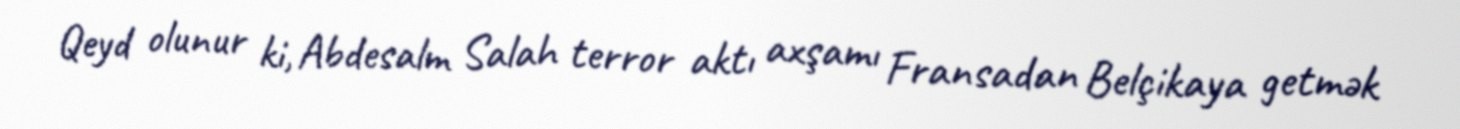
Qeyd olunur ki, Abdesalm Salah terror aktı axşamı Fransadan Belçikaya getmək